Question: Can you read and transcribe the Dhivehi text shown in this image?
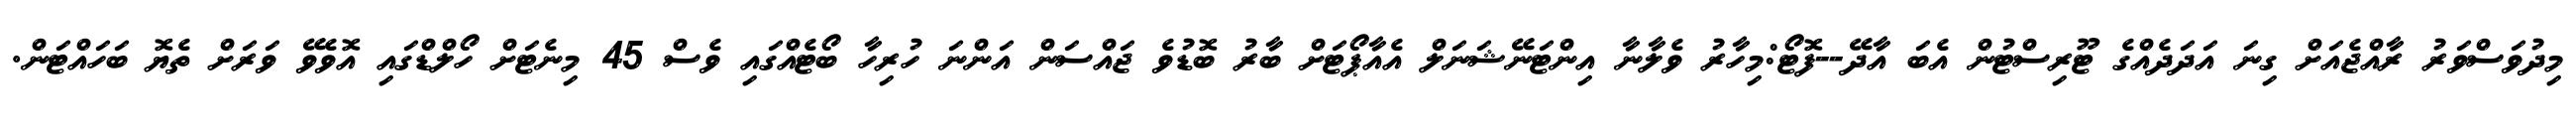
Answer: މިދުވަސްވަރު ރާއްޖެއަށް ގިނަ އަދަދެއްގެ ޓޫރިސްޓުން އެބަ އާދޭ--ފޮޓޯ:މިހާރު ވެލާނާ އިންޓަނޭޝަނަލް އެއާޕޯޓަށް ބާރު ބޮޑުވެ ޖައްސަން އަންނަ ހުރިހާ ބޯޓެއްގައި ވެސް 45 މިނެޓަށް ހޯލްޑްގައި އޮވެވޭ ވަރަށް ތެޔޮ ބަހައްޓަން.